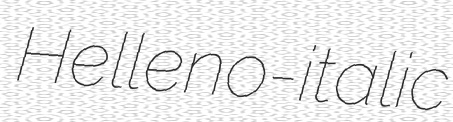
Helleno-italic